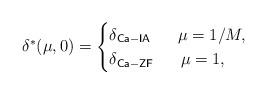
LaTeX: \begin{align*}&\delta^*(\mu,0) = \begin{cases} \delta_{\mathsf{Ca-IA}} ~~~ ~~ \mu = 1/M,\\ \delta_{\mathsf{Ca-ZF}} ~~~ ~~ \mu = 1, \end{cases}\end{align*}